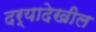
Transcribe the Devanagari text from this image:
दर्‍यादेखील